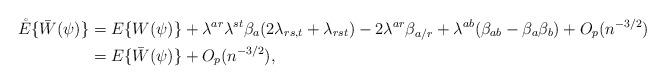
LaTeX: \begin{align*}\mathring E\{\bar W(\psi)\}&=E\{W(\psi)\}+\lambda^{ar}\lambda^{st}\beta_a(2\lambda_{rs,t}+\lambda_{rst})-2\lambda^{ar}\beta_{a/r}+\lambda^{ab}(\beta_{ab}-\beta_a\beta_b)+O_p(n^{-3/2})\\&=E\{\bar W(\psi)\}+O_p(n^{-3/2}),\end{align*}